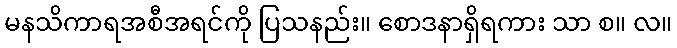
မနသိကာရအစီအရင်ကို ပြသနည်း။ စောဒနာရှိရကား သာ စ။ လ။